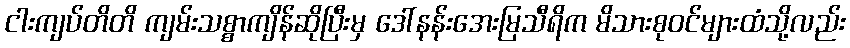
ငါးကျပ်တိတိ ကျမ်းသစ္စာကျိန်ဆိုပြီးမှ ဒေါ်နန်းအေးမြသီရိက မိသားစုဝင်များထံသို့လည်း